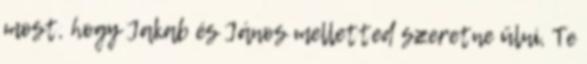
most, hogy Jakab és János melletted szeretne ülni, Te